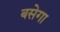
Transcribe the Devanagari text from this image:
बसेगा